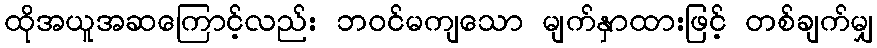
ထိုအယူအဆကြောင့်လည်း ဘဝင်မကျသော မျက်နှာထားဖြင့် တစ်ချက်မျှ